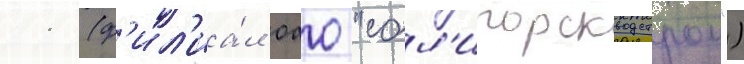
11 (ф'ил'иа́л оао "сол'игорскводстрои")